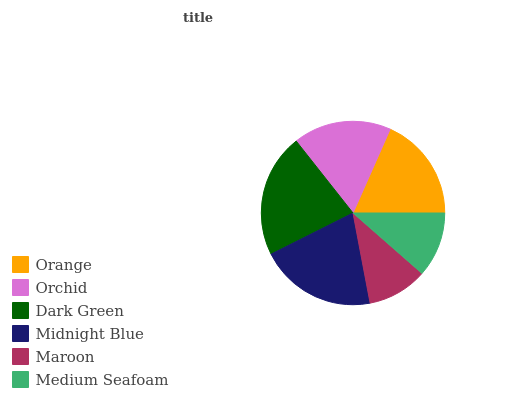
| Orange | Orchid | Dark Green | Midnight Blue | Maroon | Medium Seafoam |
 | --- | --- | --- | --- | --- | --- |
 | 18.3% | 17.3% | 21.8% | 20.5% | 10.6% | 11.5% |